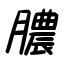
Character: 膿